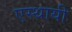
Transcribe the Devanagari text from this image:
एस्थायी